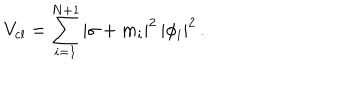
LaTeX: V _ { \mathrm { c l } } = \sum _ { i = 1 } ^ { N + 1 } | \sigma + m _ { i } | ^ { 2 } \, | \phi _ { i } | ^ { 2 } \, .